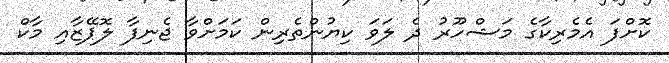
ކޮށްފަ އެމެރިކާގެ މަޝްހޫރު ދެ ލަވަ ކިޔުންތެރިން ކަމަށްވާ ޖެނިފާ ލޮޕޭޒާއި މާކް